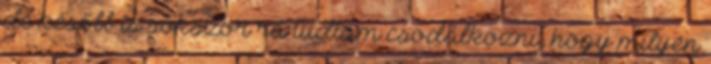
de később is sokszor rá tudtam csodálkozni, hogy milyen